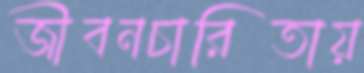
জীবনচারিতায়